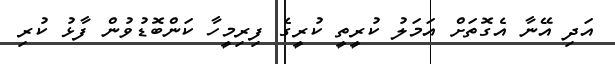
އަދި އޭނާ އެގޮތަށް އަމަލު ކުރީތީ ކުރީގެ ފިރިމީހާ ކަންބޮޑުވުން ފާޅު ކުރި